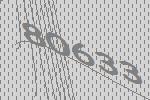
80633